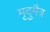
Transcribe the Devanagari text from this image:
मृदुमैत्र